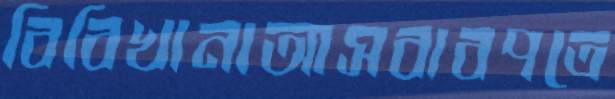
বিবিখানাআসবাবপত্রে